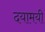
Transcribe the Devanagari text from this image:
दयामयी